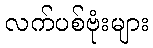
လက်ပစ်ဗုံးများ